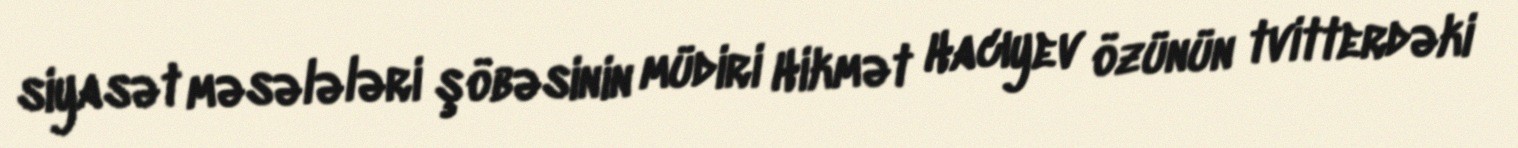
siyasət məsələləri şöbəsinin müdiri Hikmət Hacıyev özünün tvitterdəki